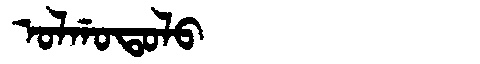
Manchu: ᠣᠯᡤᠣᡨᠣᠯᠣ
Romanization: OLGOTOLO